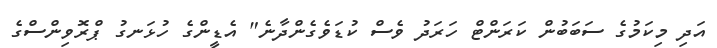
އަދި މިކަމުގެ ސަބަބުން ކަރަންޓް ހަރަދު ވެސް ކުޑަވެގެންދާނެ" އެޑީންގެ ހުޅަނގު ޕްރޮވިންސްގެ